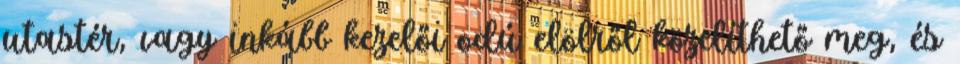
utastér, vagy inkább kezelői odú elölről közelíthető meg, és